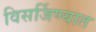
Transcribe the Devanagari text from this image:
विसर्जिण्यात